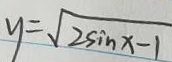
y = \sqrt { 2 \sin x - 1 }